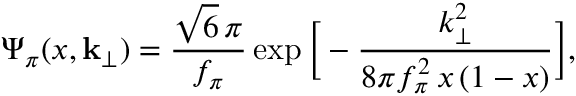
\Psi _ { \pi } ( x , { \bf k } _ { \perp } ) = \frac { \sqrt { 6 } \, \pi } { f _ { \pi } } \exp \bigg [ - \frac { k _ { \perp } ^ { 2 } } { 8 \pi f _ { \pi } ^ { 2 } \, x \, ( 1 - x ) } \bigg ] ,